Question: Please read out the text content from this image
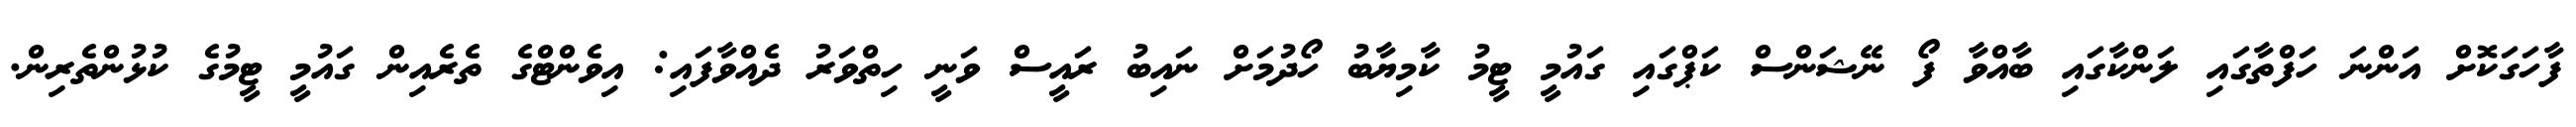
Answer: ފާހަގަކޮށް އަންނަ ހަފްތާގައި ލަންކާގައި ބާއްވާ ފޯ ނޭޝަންސް ކަޕްގައި ގައުމީ ޓީމު ކާމިޔާބު ހޯދުމަށް ނައިބު ރައީސް ވަނީ ހިތްވަރު ދެއްވާފައި: އިވެންޓްގެ ތެރެއިން ގައުމީ ޓީމުގެ ކުޅުންތެރިން.